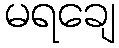
မရချေ